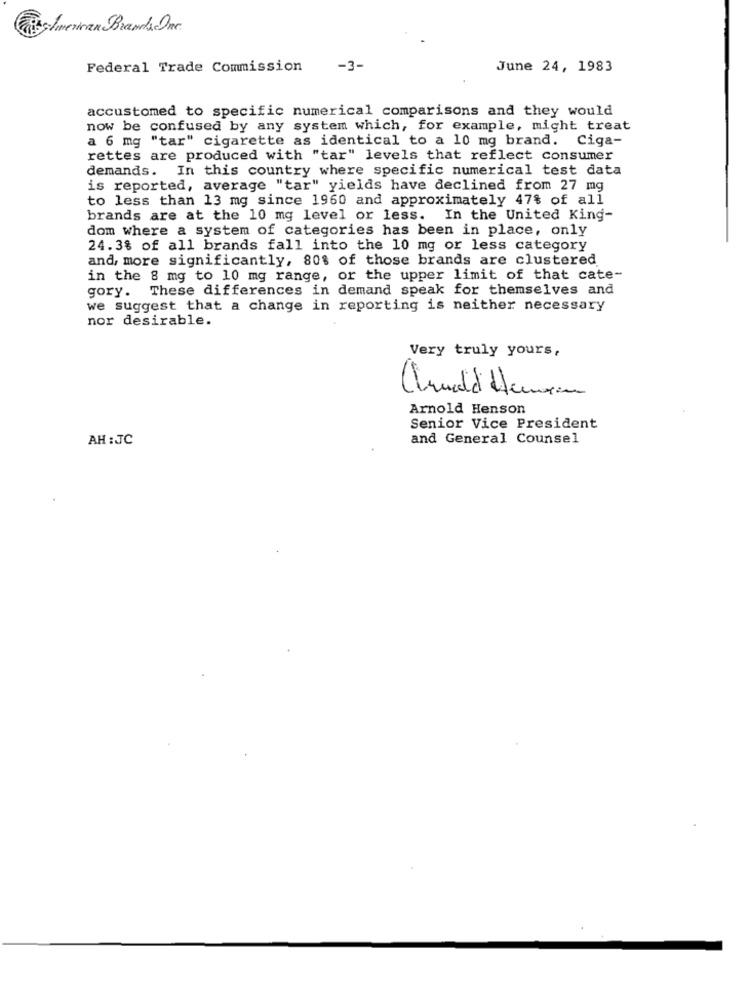
Slimerican Brands Inc.
Federal Trade Commission
-3-
June 24, 1983
accustomed to specific numerical comparisons and they would
now be confused by any system which, for example, might treat
a 6 mg "tar" cigarette as identical to a 10 mg brand. Ciga-
rettes are produced with "tar" levels that reflect consumer
demands. In this country where specific numerical test data
is reported, average "tar" yields have declined from 27 mg
to less than 13 mg since 1960 and approximately 47% of all
brands are at the 10 mg level or less. In the United King-
dom where a system of categories has been in place, only
24.3% of all brands fall into the 10 mg or less category
and, more significantly, 80% of those brands are clustered
in the 8 mg to 10 mg range, or the upper limit of that cate-
gory. These differences in demand speak for themselves and
we suggest that a change in reporting is neither necessary
nor desirable.
Very truly yours,
Arnold Henson
Senior Vice President
AH :JC
and General Counsel